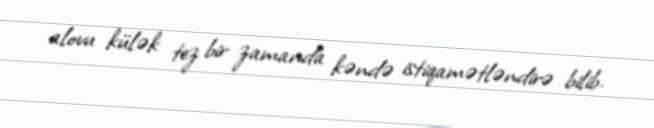
alovu külək tez bir zamanda kəndə istiqamətləndirə bilib.